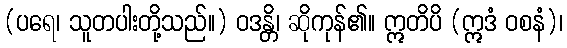
(ပရေ၊ သူတပါးတို့သည်။) ဝဒန္တိ၊ ဆိုကုန်၏။ ဣတိပိ (ဣဒံ ဝစနံ)၊